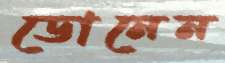
ডোনেন